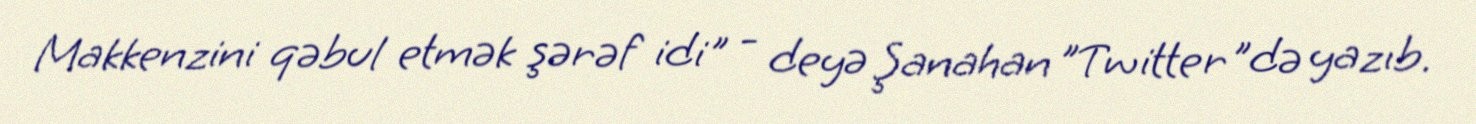
Makkenzini qəbul etmək şərəf idi" - deyə Şanahan "Twitter"də yazıb.